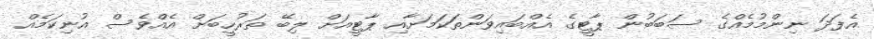
އެފަދަ ނިންމުމެއްގެ ސަބަބުން ޕާޓީގެ އެއްބައިވަންތަކަމަށާއި ޕާޓީއަށް ލިބޭ ތަރުހީބަށް އެއްވެސް އުނިކަމެއް